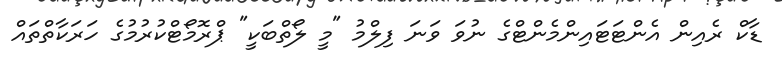
ޑާކް ރެއިން އެންޓަޓައިންމެންޓްގެ ނުވަ ވަނަ ފިލްމު "މީ ލޯތްބަކީ" ޕްރޮމޯޓްކުރުމުގެ ހަރަކާތްތައް